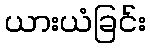
ယားယံခြင်း